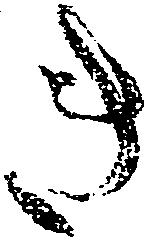
き